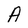
Character: A